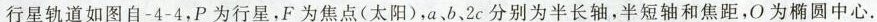
行星轨道如图自 -4 -4，P 为行星，F 为焦点(太阳)，a、b、2c 分别为半长轴，半短轴和焦距，O 为椭圆中心.